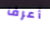
أعرف